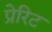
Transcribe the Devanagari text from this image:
प्रेरिट